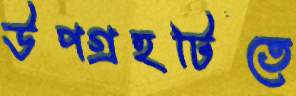
উপগ্রহটিতে